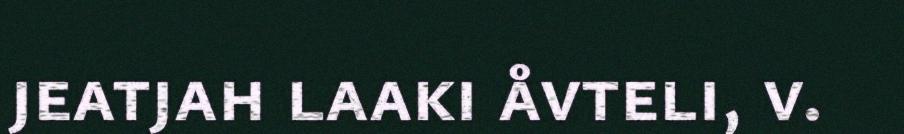
jeatjah laaki åvteli, v.